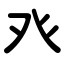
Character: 癶